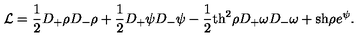
{ \cal L } = \frac { 1 } { 2 } D _ { + } \rho D _ { - } \rho + \frac { 1 } { 2 } D _ { + } \psi D _ { - } \psi - \frac { 1 } { 2 } \mathrm { t h } ^ { 2 } \rho D _ { + } \omega D _ { - } \omega + \mathrm { s h } \rho e ^ { \psi } .